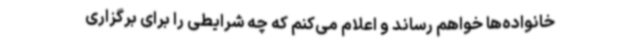
خانواده‌ها خواهم رساند و اعلام می‌کنم که چه شرایطی را برای برگزاری